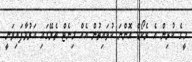
މީގެ ކުރިން އެ ރެކޯޑް އޮންނަ ކުވައިތުން އެއް މިނެޓް ތެރޭގައި އަރުވާފައިވަނީ